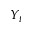
Y _ { t }